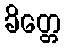
ခိတ္တေ